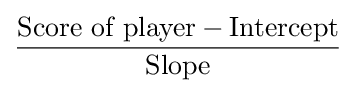
{\frac {{\mbox{Score of player}}-{\mbox{Intercept}}}{\mbox{Slope}}}